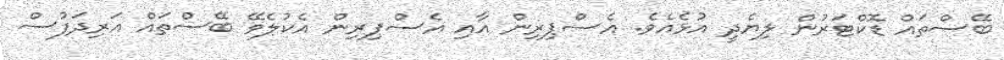
ބޭސްތައް ޑޮކްޓަރުން ލިޔެދީ އުޅެއެވެ. އެސްޕިރިން އާއި އެސްޕިރިން އެކުލެވޭ ބޭސްތައް އަރިދަފުސް